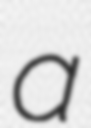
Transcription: a